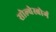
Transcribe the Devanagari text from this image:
सोल्वेस्बोर्ग